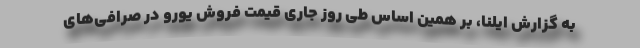
به گزارش ایلنا، بر همین‌ اساس طی روز جاری قیمت فروش یورو در صرافی‌های